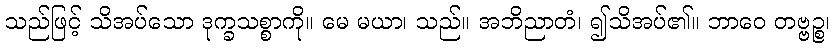
သည်ဖြင့် သိအပ်သော ဒုက္ခသစ္စာကို။ မေ မယာ၊ သည်။ အဘိညာတံ၊ ၍သိအပ်၏။ ဘာဝေ တဗ္ဗဉ္စ၊